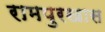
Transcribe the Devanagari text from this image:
रामपुरखास